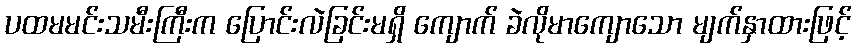
ပထမမင်းသမီးကြီးက ပြောင်းလဲခြင်းမရှိ ကျောက် ခဲလိုမာကျောသော မျက်နှာထားဖြင့်